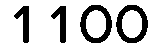
1100